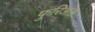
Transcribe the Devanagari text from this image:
फुरिअस